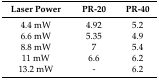
<table><thead><tr><td><b>Laser Power</b></td><td><b>PR-20</b></td><td><b>PR-40</b></td></tr></thead><tbody><tr><td>4.4 mW</td><td>4.92</td><td>5.2</td></tr><tr><td>6.6 mW</td><td>5.35</td><td>4.9</td></tr><tr><td>8.8 mW</td><td>7</td><td>5.4</td></tr><tr><td>11 mW</td><td>6.6</td><td>6.2</td></tr><tr><td>13.2 mW</td><td>-</td><td>6.2</td></tr></tbody></table>